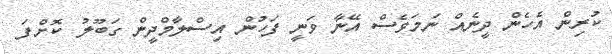
ކުރިން އެހެން ދީނެއް ނަމަވެސް އޭނާ ވަނީ ފަހުން އިސްލާމްދީން ގަބޫލު ކޮށްފަ